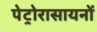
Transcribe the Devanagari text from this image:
पेट्रोरासायनों